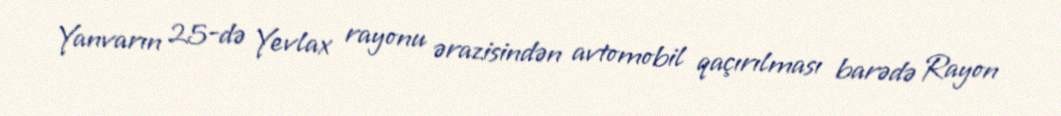
Yanvarın 25-də Yevlax rayonu ərazisindən avtomobil qaçırılması barədə Rayon